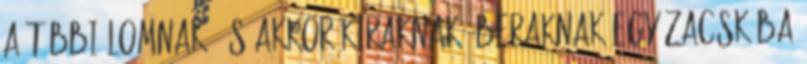
a többi lomnak. És akkor kiraknak. Beraknak egy zacskóba